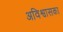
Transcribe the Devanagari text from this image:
अविश्वासका